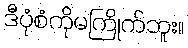
ဒီပုံစံကိုမကြိုက်ဘူး။